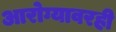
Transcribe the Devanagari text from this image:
आरोग्यावरही